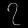
Digit: ၇